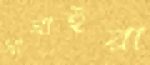
ঘাঘাইরা